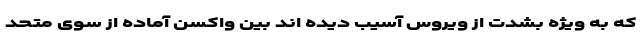
که به ویژه بشدت از ویروس آسیب دیده اند بین واکسن آماده از سوی متحد